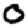
Digit: 0